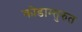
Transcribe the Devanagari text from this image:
कोडाम्तुरुत